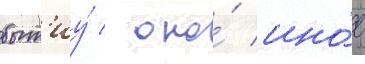
быт'иу́ / оно́ ино́е